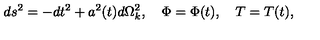
d s ^ { 2 } = - d t ^ { 2 } + a ^ { 2 } ( t ) d \Omega _ { k } ^ { 2 } , \quad \Phi = \Phi ( t ) , \quad T = T ( t ) ,